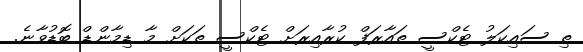
ތި ސައިކަލު ޓެކްސީ ތައާރަފް ކުރާއިރަށް ޓެކްސީ ތަކަށް މާ ޑިމާންޑް ބޮޑުވާނެ.